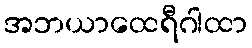
အဘယာထေရီဂါထာ